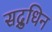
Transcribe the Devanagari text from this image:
सद्रुधिन